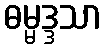
ဓမ္မဒ္ဒသာ